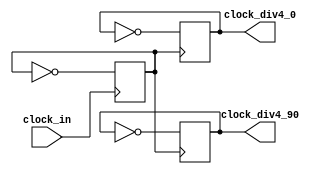
module clock_divider
(
	input clock_in,
	output clock_div4_0,
	output clock_div4_90
);

reg clock_div2 = 0;
reg clock_div4_0 = 0;
reg clock_div4_90 = 0;

always @(posedge clock_in) begin
	clock_div2 <= ~clock_div2;
end

always @(posedge clock_div2) begin
	clock_div4_0 <= ~clock_div4_0;
end

always @(negedge clock_div2) begin
	clock_div4_90 <= ~clock_div4_90;
end

endmodule